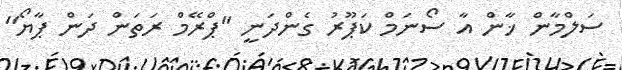
ސަލްމާން ޚާން އާ ސޯނަމް ކަޕޫރު ގެންދަނީ ''ޕްރޭމް ރަތަން ދަން ޕާޔޯ''